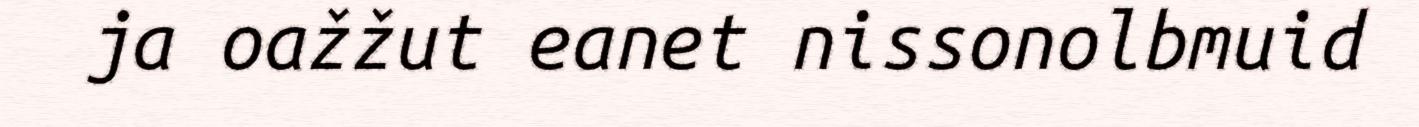
ja oažžut eanet nissonolbmuid